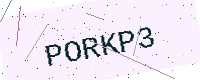
Text: PORKP3